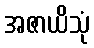
အဇာယိသုံ